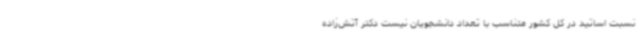
نسبت اساتید در کل کشور متناسب با تعداد دانشجویان نیست دکتر آتش‌زاده